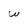
Character: w